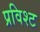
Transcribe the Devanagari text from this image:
प्रविश्ट